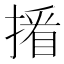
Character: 𢲏